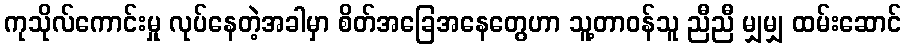
ကုသိုလ်ကောင်းမှု လုပ်နေတဲ့အခါမှာ စိတ်အခြေအနေတွေဟာ သူ့တာဝန်သူ ညီညီ မျှမျှ ထမ်းဆောင်